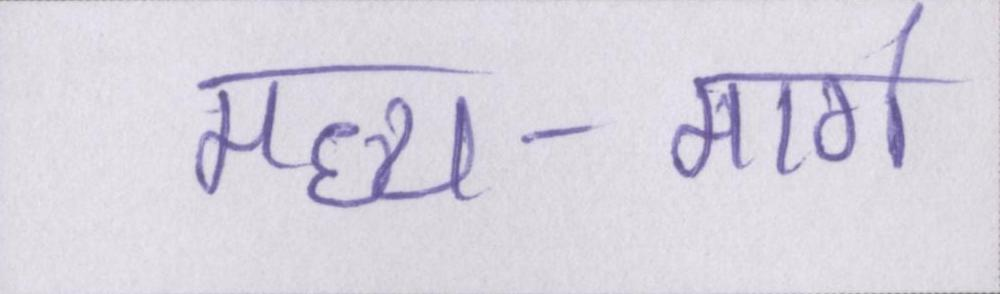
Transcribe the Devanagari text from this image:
मध्य-मार्ग